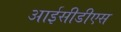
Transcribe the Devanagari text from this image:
आईसीडीएस